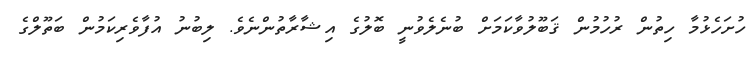
ހުށަހެޅުމާ ހިތުން ރުހުމުން ޤަބޫލުވާކަމަށް ބުނެލެވުނީ ބޮލުގެ އިޝާރާތުންނެވެ. ލިބުނު އުފާވެރިކަމުން ބަތޫލްގެ